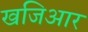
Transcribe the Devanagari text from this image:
खजिआर